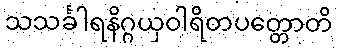
သသင်္ခါရနိဂ္ဂယှဝါရိတပတ္တောတိ